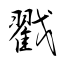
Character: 戳